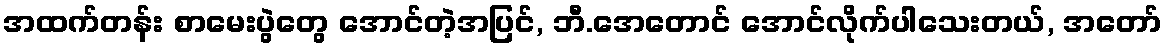
အထက်တန်း စာမေးပွဲတွေ အောင်တဲ့အပြင်, ဘီ.အေတောင် အောင်လိုက်ပါသေးတယ်, အတော်